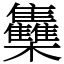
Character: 雧